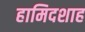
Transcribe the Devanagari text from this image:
हामिदशाह